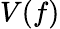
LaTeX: {V}(f)